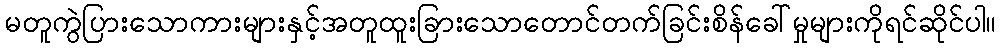
မတူကွဲပြားသောကားများနှင့်အတူထူးခြားသောတောင်တက်ခြင်းစိန်ခေါ်မှုများကိုရင်ဆိုင်ပါ။